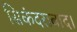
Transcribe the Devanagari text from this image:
सिकंदराबाद।